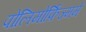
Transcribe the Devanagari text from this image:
पोलिमोर्फ़िज्ममें